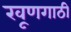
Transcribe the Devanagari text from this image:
खूणगाठी